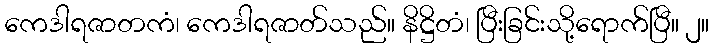
ကေဒါရဇာတကံ၊ ကေဒါရဇာတ်သည်။ နိဋ္ဌိတံ၊ ပြီးခြင်းသို့ရောက်ပြီ။ ၂။